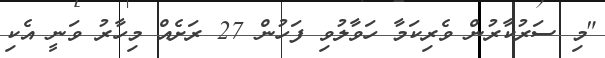
"މި ސަރުކާރުން ވެރިކަމާ ހަވާލުވި ފަހުން 27 ރަށެއް މިހާރު ވަނީ އެކި